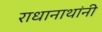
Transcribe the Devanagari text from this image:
राधानाथांनी